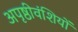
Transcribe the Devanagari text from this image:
अपृष्ठीवंशियों